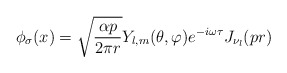
\begin{align*}\phi_{\sigma}(x)=\sqrt{\frac{\alpha p}{2\pi r}}Y_{l,m}(\theta,\varphi)e^{-i\omega\tau}J_{\nu_{l}}(pr)\end{align*}